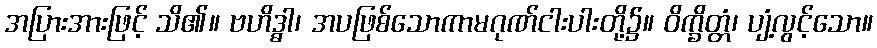
အပြားအားဖြင့် သိ၏။ ဗဟိဒ္ဓါ၊ အပဖြစ်သောကာမဂုဏ်ငါးပါးတို့၌။ ဝိက္ခိတ္တံ၊ ပျံ့လွင့်သော။